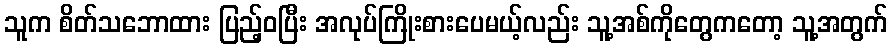
သူက စိတ်သဘောထား ပြည့်ဝပြီး အလုပ်ကြိုးစားပေမယ့်လည်း သူ့အစ်ကိုတွေကတော့ သူ့အတွက်